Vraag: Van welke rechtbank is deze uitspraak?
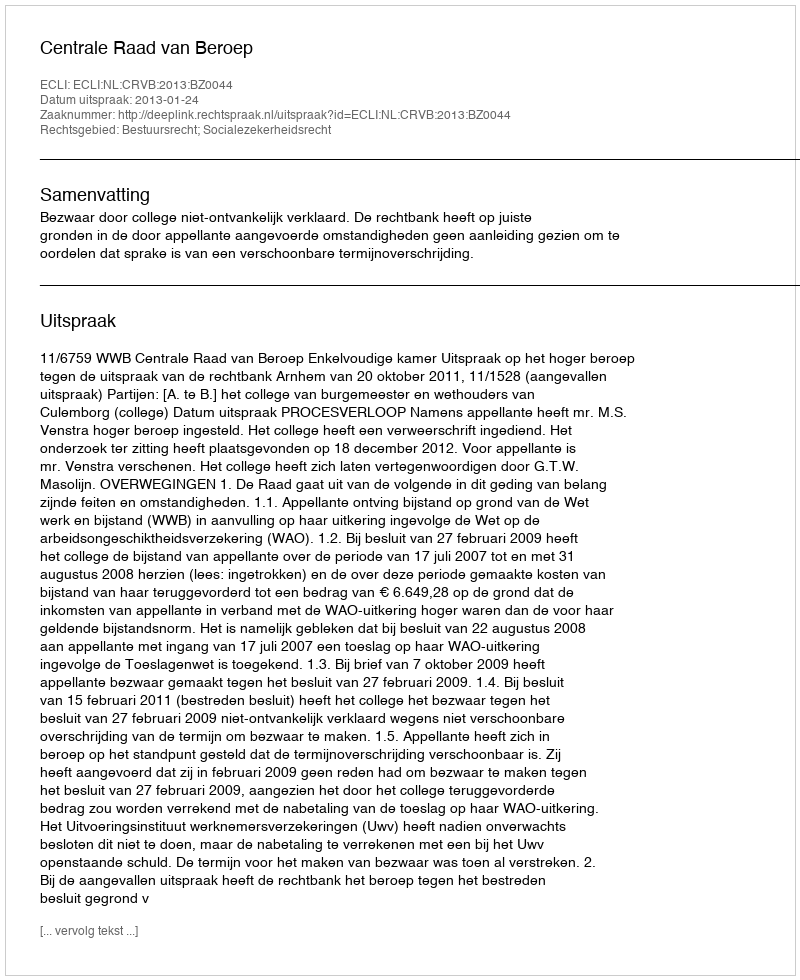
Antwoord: Centrale Raad van Beroep